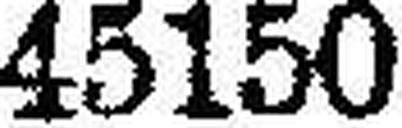
45150